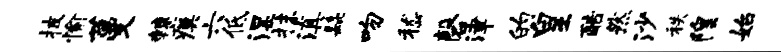
披愉蔓棘瘼六低湿抹滇髭吻嵇磬津的皇酷然沙秩隍始